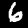
Label: 6